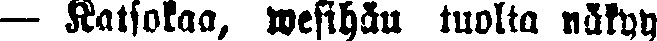
— Katsokaa, wesihän tuolta näkyy